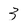
Character: 3